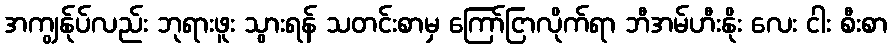
အကျွန်ုပ်လည်း ဘုရားဖူး သွားရန် သတင်းစာမှ ကြော်ငြာလိုက်ရာ ဘီအမ်ဟီးနိုး လေး ငါး စီးစာ